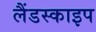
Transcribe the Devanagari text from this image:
लैंडस्काइप